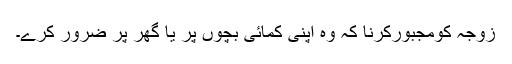
زوجہ کومجبورکرنا کہ وہ اپنی کمائی بچوں پر یا گھر پر ضرور کرے۔